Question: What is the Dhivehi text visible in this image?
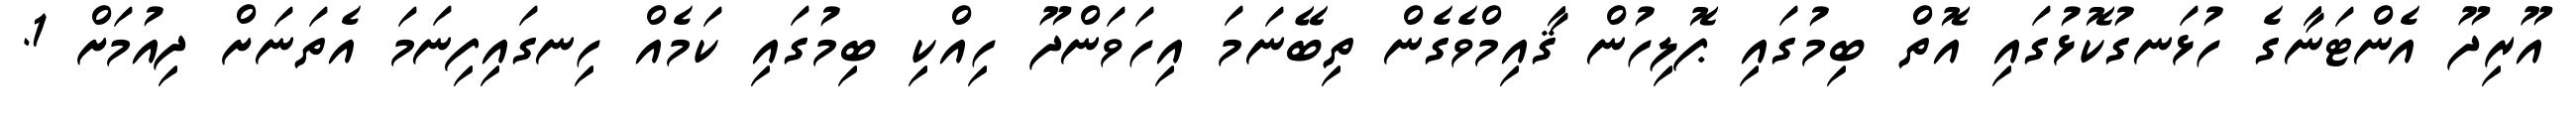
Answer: އޫރިދޫ އެންޓަނާގެ ހުޅަނގުކޮޅުގައި އޮތް ބިމުގައި ޕޮލިހުން ޤާއިމްވެގެން ތިބޭނަމަ އިހަވަންދޫ ހިއްކި ބިމުގައި ކަމެއް ހިނގައިފިނަމަ އެތަނަށް ދިއުމަށް 1.